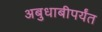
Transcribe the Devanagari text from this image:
अबुधाबीपर्यंत